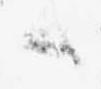
候